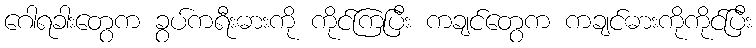
ဂေါရခါးတွေက ခွပ်ကရီးဓားကို ကိုင်ကြပြီး ကချင်တွေက ကချင်ဓားကိုကိုင်ပြီး